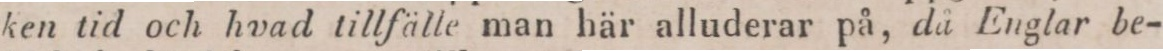
ken tid och hvad tillfälle man här alluderar på, då Englar be-